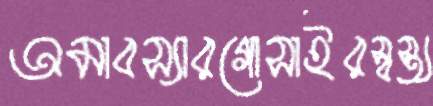
অমাবস্যারগোসাইরস্বস্ত্য